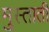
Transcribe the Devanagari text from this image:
मुस्ताती